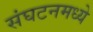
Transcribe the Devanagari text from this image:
संघटनमध्ये